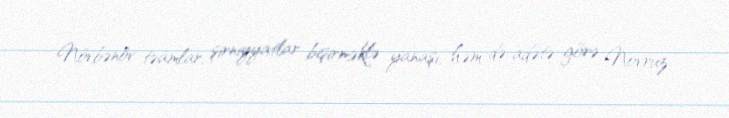
Növbənöv təamlar, şirniyyatlar bişirməklə yanaşı, həm də adətə görə Novruz